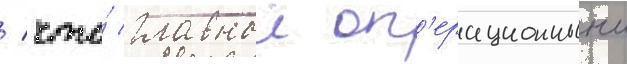
/ что́ главныи оп'ерационныи